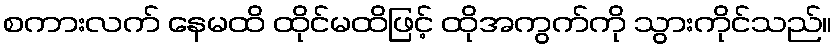
စကားလက် နေမထိ ထိုင်မထိဖြင့် ထိုအကွက်ကို သွားကိုင်သည်။